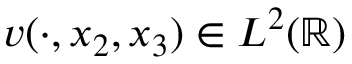
v ( \cdot , x _ { 2 } , x _ { 3 } ) \in L ^ { 2 } ( \mathbb { R } )